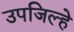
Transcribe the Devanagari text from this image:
उपजिल्हे